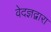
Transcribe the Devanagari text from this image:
वेदज्ञद्वारा